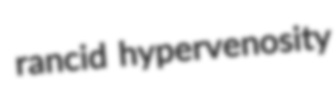
rancid hypervenosity